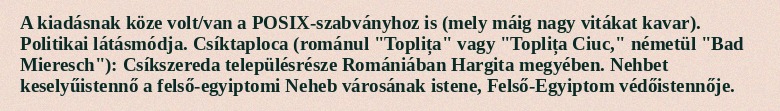
A kiadásnak köze volt/van a POSIX-szabványhoz is (mely máig nagy vitákat kavar). Politikai látásmódja. Csíktaploca (románul "Toplița" vagy "Toplița Ciuc," németül "Bad Mieresch"): Csíkszereda településrésze Romániában Hargita megyében. Nehbet keselyűistennő a felső-egyiptomi Neheb városának istene, Felső-Egyiptom védőistennője.